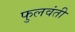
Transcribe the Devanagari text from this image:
फुलवंती